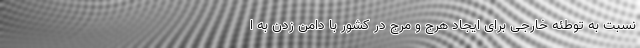
نسبت به توطئه خارجی برای ایجاد هرج و مرج در کشور با دامن زدن به ا